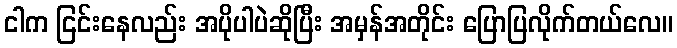
ငါက ငြင်းနေလည်း အပိုပါပဲဆိုပြီး အမှန်အတိုင်း ပြောပြလိုက်တယ်လေ။